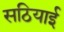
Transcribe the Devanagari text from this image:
सठियाई